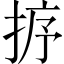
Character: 𢭸